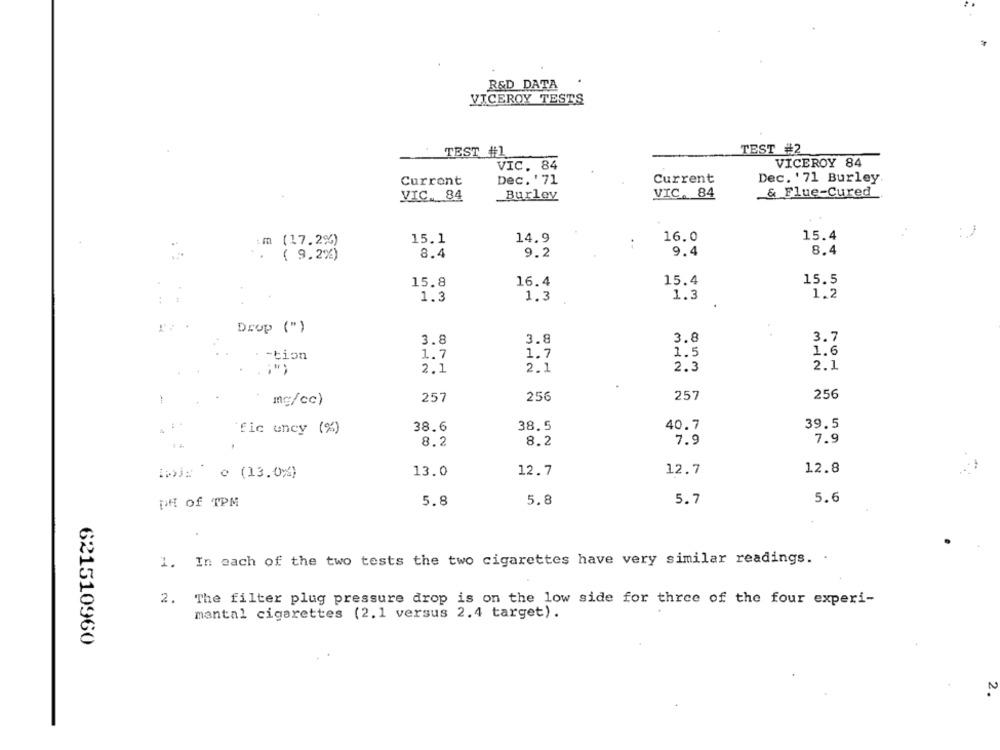
R&D DATA
VICEROY TESTS
TEST #2
TEST #1
VIC. 84
VICEROY 84
Current
Dec. ' 71
Current
Dec. '71 Burley.
VIC. 84
& Flue-Cured
VIC. 84
Burley
:m (17.2%)
15.1
14.9
16.0
15.4
:
( 9.2%)
8.4
9.2
9.4
8.4
15.8
16.4
15.4
15.5
1.3
1.3
1.3
1.2
Drop (")
3.7
3.8
3.8
3.8
1.7
1.5
1.6
. - tion
1.7
2.3
2.1
2.1
2.1
257
256
257
256
1
mg/cc)
38.6
38.5
40.7
39.5
fic uncy (%)
8.2
8.2
7.9
7.9
13.0
12.7
12.7
12.8
Inj: o (13.0%)
DH of TPM
5.8
5.8
5.7
5.6
1. In each of the two tests the two cigarettes have very similar readings. .
2. The filter plug pressure drop is on the low side for three of the four experi-
mantal cigarettes (2.1 versus 2.4 target).
621510960